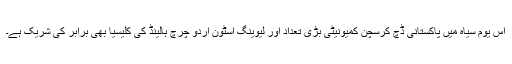
اس یوم سیاہ میں پاکستانی ڈچ کرسچن کمیونیٹی بڑی تعداد اور لیوینگ اسٹون اُردو چرچ ہالینڈ کی کلیسیا بھی برابر کی شریک ہے۔